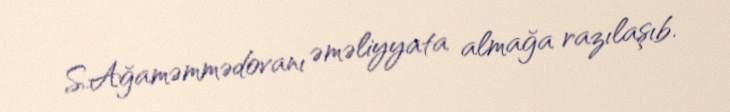
S.Ağaməmmədovanı əməliyyata almağa razılaşıb.